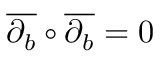
{ \overline { { \partial _ { b } } } } \circ { \overline { { \partial _ { b } } } } = 0